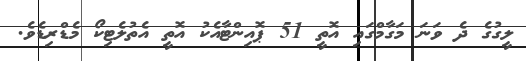
ލީގުގެ ދެ ވަނަ މަގާމްގައި އޮތީ 51 ޕޮއިންޓާއެކު އޮތީ އެތުލެޓިކޯ މެޑްރިޑެވެ.